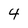
Character: 4